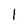
Character: 1